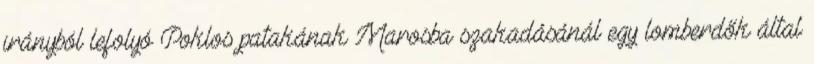
irányból lefolyó Poklos patakának Marosba szakadásánál egy lomberdők által